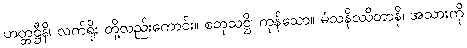
ဟတ္တဋ္ဌီနိ၊ လက်ရိုး တို့လည်းကောင်း။ စတုသဋ္ဌိ၊ ကုန်သော။ မံသနိဿိတာနိ၊ အသားကို